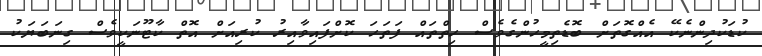
ކުޑަކުދިންނެކޭ އެއްގޮތަށް ބޮޑެތިމީހުންގެވެސް ހިތްތައް ފަތަހަ ކޮށްފައިވާއިރު ކުރިއަށް އޮތް ކާޓޫނަކީވެސް ގިނަބަޔަކު